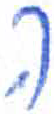
אות: ה